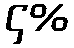
၄%